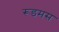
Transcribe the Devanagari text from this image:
रूडमस